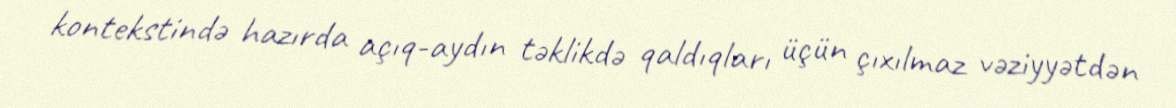
kontekstində hazırda açıq-aydın təklikdə qaldıqları üçün çıxılmaz vəziyyətdən